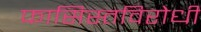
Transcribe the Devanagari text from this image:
फासिस्तविरोधी